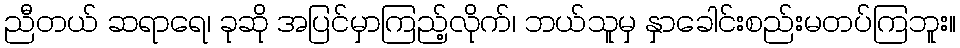
ညီတယ် ဆရာရေ၊ ခုဆို အပြင်မှာကြည့်လိုက်၊ ဘယ်သူမှ နှာခေါင်းစည်းမတပ်ကြဘူး။